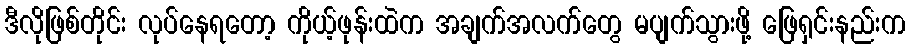
ဒီလိုဖြစ်တိုင်း လုပ်နေရတော့ ကိုယ့်ဖုန်းထဲက အချက်အလက်တွေ မပျက်သွားဖို့ ဖြေရှင်းနည်းက